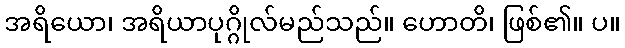
အရိယော၊ အရိယာပုဂ္ဂိုလ်မည်သည်။ ဟောတိ၊ ဖြစ်၏။ ပ။